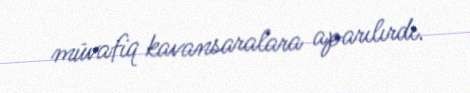
müvafiq kavansaralara aparılırdı.